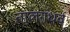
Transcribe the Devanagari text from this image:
तालगंधर्व